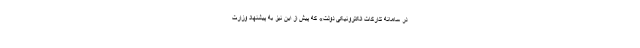
در سامانه تدارکات الکترونیکی دولت» که پیش از این نیز به پیشنهاد وزارت